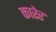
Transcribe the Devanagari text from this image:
कारेर